Problem: 36 + 33 = ?
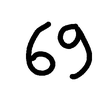
Handwritten answer: 69